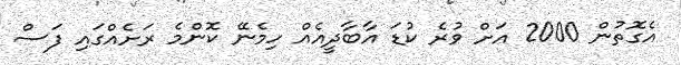
އެގޮތުން 2000 އަށް ވުރެ ކުޑަ އާބާދީއެއް ހިމެނޭ ކޮންމެ ރަށެއްގައި ފަސް